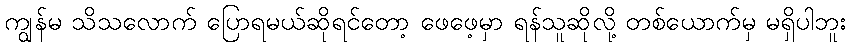
ကျွန်မ သိသလောက် ပြောရမယ်ဆိုရင်တော့ ဖေဖေ့မှာ ရန်သူဆိုလို့ တစ်ယောက်မှ မရှိပါဘူး